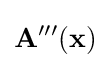
\mathbf {A'''} (\mathbf {x} )